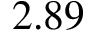
2 . 8 9